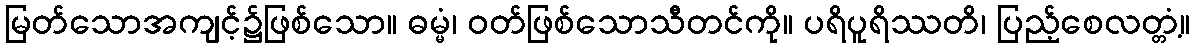
မြတ်သောအကျင့်၌ဖြစ်သော။ ဓမ္မံ၊ ဝတ်ဖြစ်သောသီတင်ကို။ ပရိပူရိဿတိ၊ ပြည့်စေလတ္တံ့။